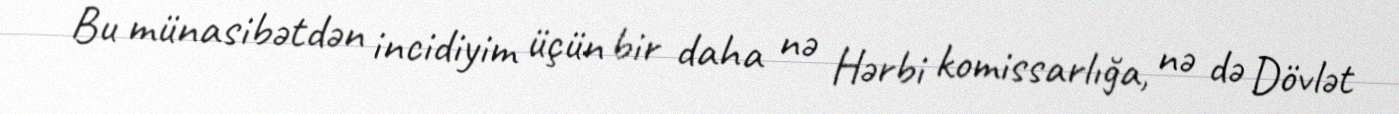
Bu münasibətdən incidiyim üçün bir daha nə Hərbi komissarlığa, nə də Dövlət